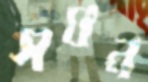
সঘন